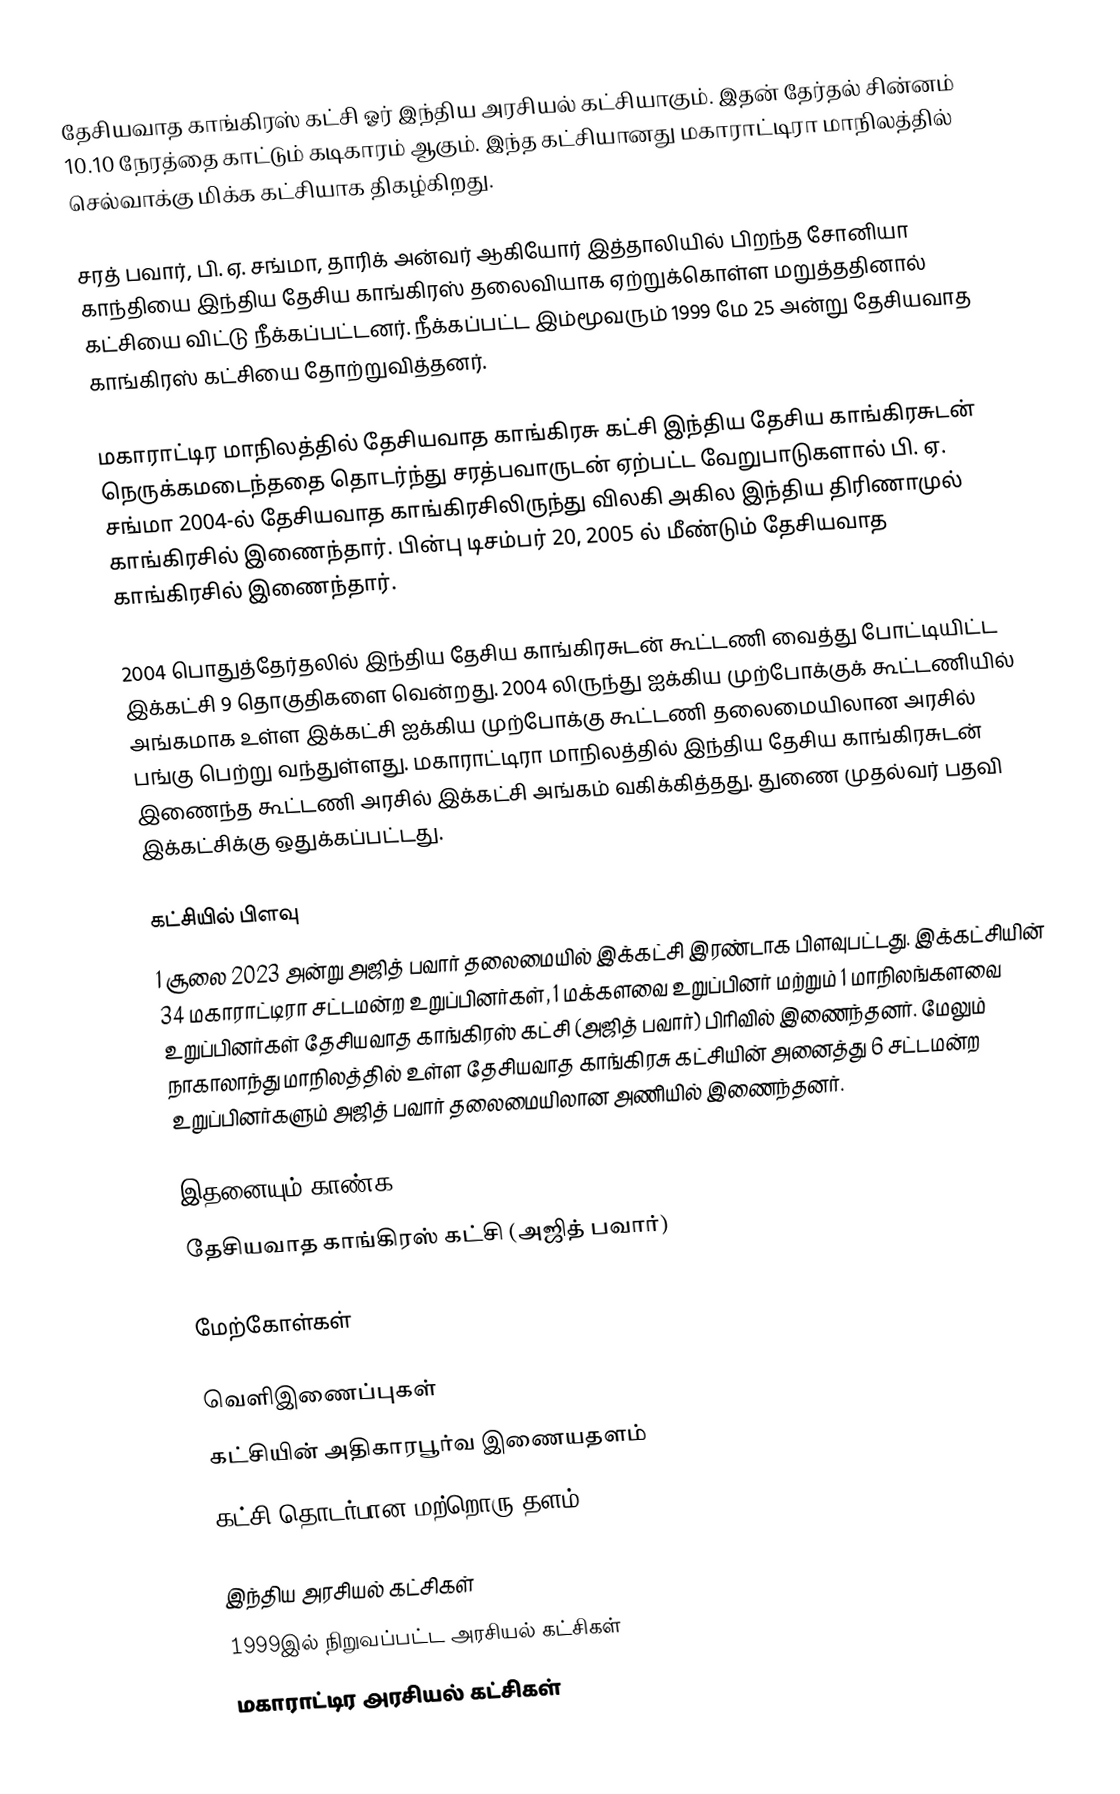
தேசியவாத காங்கிரஸ் கட்சி ஓர் இந்திய அரசியல் கட்சியாகும். இதன் தேர்தல் சின்னம் 10.10 நேரத்தை காட்டும் கடிகாரம் ஆகும். இந்த கட்சியானது மகாராட்டிரா மாநிலத்தில் செல்வாக்கு மிக்க கட்சியாக திகழ்கிறது.

சரத் பவார், பி. ஏ. சங்மா, தாரிக் அன்வர் ஆகியோர் இத்தாலியில் பிறந்த சோனியா காந்தியை இந்திய தேசிய காங்கிரஸ் தலைவியாக ஏற்றுக்கொள்ள மறுத்ததினால் கட்சியை விட்டு நீக்கப்பட்டனர். நீக்கப்பட்ட இம்மூவரும் 1999 மே 25 அன்று தேசியவாத காங்கிரஸ் கட்சியை தோற்றுவித்தனர்.

மகாராட்டிர மாநிலத்தில் தேசியவாத காங்கிரசு கட்சி இந்திய தேசிய காங்கிரசுடன் நெருக்கமடைந்ததை தொடர்ந்து சரத்பவாருடன் ஏற்பட்ட வேறுபாடுகளால் பி. ஏ. சங்மா 2004-ல் தேசியவாத காங்கிரசிலிருந்து விலகி அகில இந்திய திரிணாமுல் காங்கிரசில் இணைந்தார். பின்பு டிசம்பர் 20, 2005 ல் மீண்டும் தேசியவாத காங்கிரசில் இணைந்தார்.

2004 பொதுத்தேர்தலில் இந்திய தேசிய காங்கிரசுடன் கூட்டணி வைத்து போட்டியிட்ட இக்கட்சி 9 தொகுதிகளை வென்றது. 2004 லிருந்து ஐக்கிய முற்போக்குக் கூட்டணியில் அங்கமாக உள்ள இக்கட்சி ஐக்கிய முற்போக்கு கூட்டணி தலைமையிலான அரசில் பங்கு பெற்று வந்துள்ளது. மகாராட்டிரா மாநிலத்தில் இந்திய தேசிய காங்கிரசுடன் இணைந்த கூட்டணி அரசில் இக்கட்சி அங்கம் வகிக்கித்தது. துணை முதல்வர் பதவி இக்கட்சிக்கு ஒதுக்கப்பட்டது.

கட்சியில் பிளவு
1 சூலை 2023 அன்று அஜித் பவார் தலைமையில் இக்கட்சி இரண்டாக பிளவுபட்டது. இக்கட்சியின் 34 மகாராட்டிரா சட்டமன்ற உறுப்பினர்கள், 1 மக்களவை உறுப்பினர் மற்றும் 1 மாநிலங்களவை உறுப்பினர்கள் தேசியவாத காங்கிரஸ் கட்சி (அஜித் பவார்) பிரிவில் இணைந்தனர்.    மேலும் நாகாலாந்து மாநிலத்தில் உள்ள தேசியவாத காங்கிரசு கட்சியின் அனைத்து 6 சட்டமன்ற உறுப்பினர்களும் அஜித் பவார் தலைமையிலான அணியில் இணைந்தனர்.

இதனையும் காண்க
 தேசியவாத காங்கிரஸ் கட்சி (அஜித் பவார்)

மேற்கோள்கள்

வெளிஇணைப்புகள்
 கட்சியின் அதிகாரபூர்வ இணையதளம்
 கட்சி தொடர்பான மற்றொரு தளம்

இந்திய அரசியல் கட்சிகள்
1999இல் நிறுவப்பட்ட அரசியல் கட்சிகள்
மகாராட்டிர அரசியல் கட்சிகள்